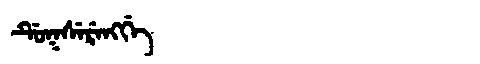
Manchu: ᡩᡠᡴᠰᡝᡵᡝᠩᡤᡝ
Romanization: DUKSERENGGE